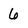
Character: 6